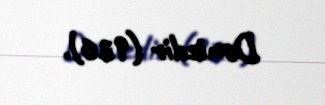
Dənizdir (926).